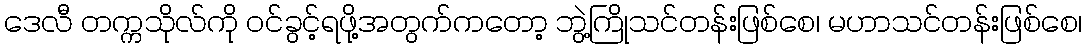
ဒေလီ တက္ကသိုလ်ကို ဝင်ခွင့်ရဖို့အတွက်ကတော့ ဘွဲ့ကြိုသင်တန်းဖြစ်စေ၊ မဟာသင်တန်းဖြစ်စေ၊